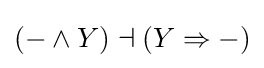
(-\wedge Y)\dashv (Y\Rightarrow -)